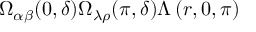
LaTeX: \Omega _ { \alpha \beta } ( 0 , \delta ) \Omega _ { \lambda \rho } ( \pi , \delta ) \Lambda \left( r , 0 , \pi \right)